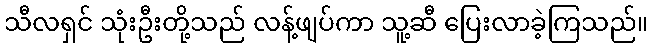
သီလရှင် သုံးဦးတို့သည် လန့်ဖျပ်ကာ သူ့ဆီ ပြေးလာခဲ့ကြသည်။